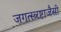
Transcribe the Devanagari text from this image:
जगत्स्त्र्रष्टाजैसी